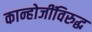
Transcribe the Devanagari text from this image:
कान्होजींविरुद्ध